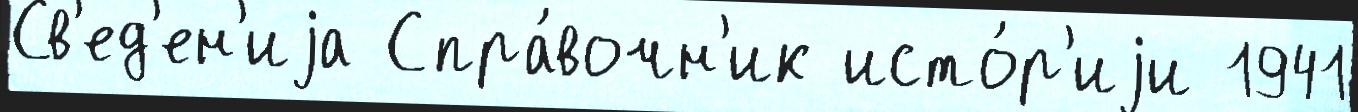
Св'ед'ен'иjа Спра́вочн'ик исто́р'иjи 1941